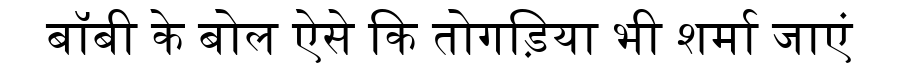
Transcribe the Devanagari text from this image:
बॉबी के बोल ऐसे कि तोगड़िया भी शर्मा जाएं